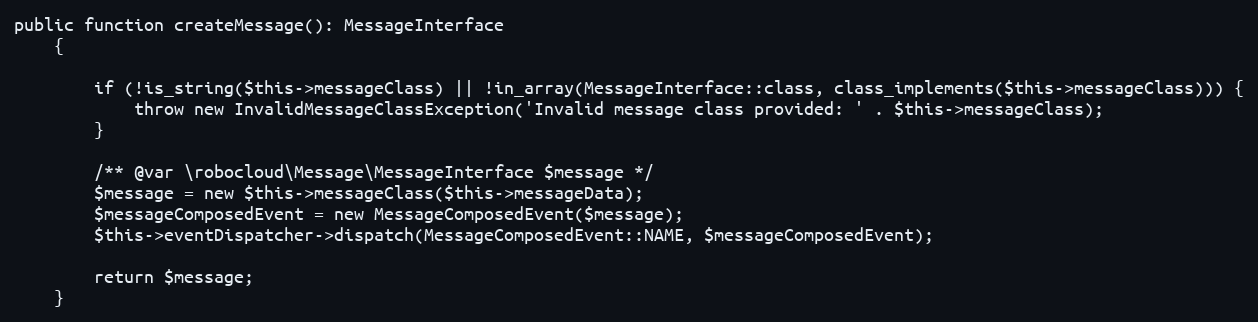
Language: PHP
public function createMessage(): MessageInterface
    {

        if (!is_string($this->messageClass) || !in_array(MessageInterface::class, class_implements($this->messageClass))) {
            throw new InvalidMessageClassException('Invalid message class provided: ' . $this->messageClass);
        }

        /** @var \robocloud\Message\MessageInterface $message */
        $message = new $this->messageClass($this->messageData);
        $messageComposedEvent = new MessageComposedEvent($message);
        $this->eventDispatcher->dispatch(MessageComposedEvent::NAME, $messageComposedEvent);

        return $message;
    }